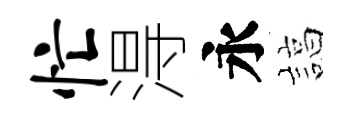
忙淂永諄